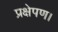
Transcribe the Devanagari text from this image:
प्रक्षेपण।